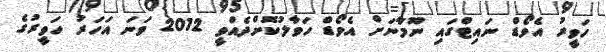
ހަވީރު އެވޯޑް ނައިޓްގައި ނޫމާނަށް އެވޯޑް ހަވާލުކޮށްދެއްވީ 2012 ވަނަ އަހަރު ހަވީރުގެ